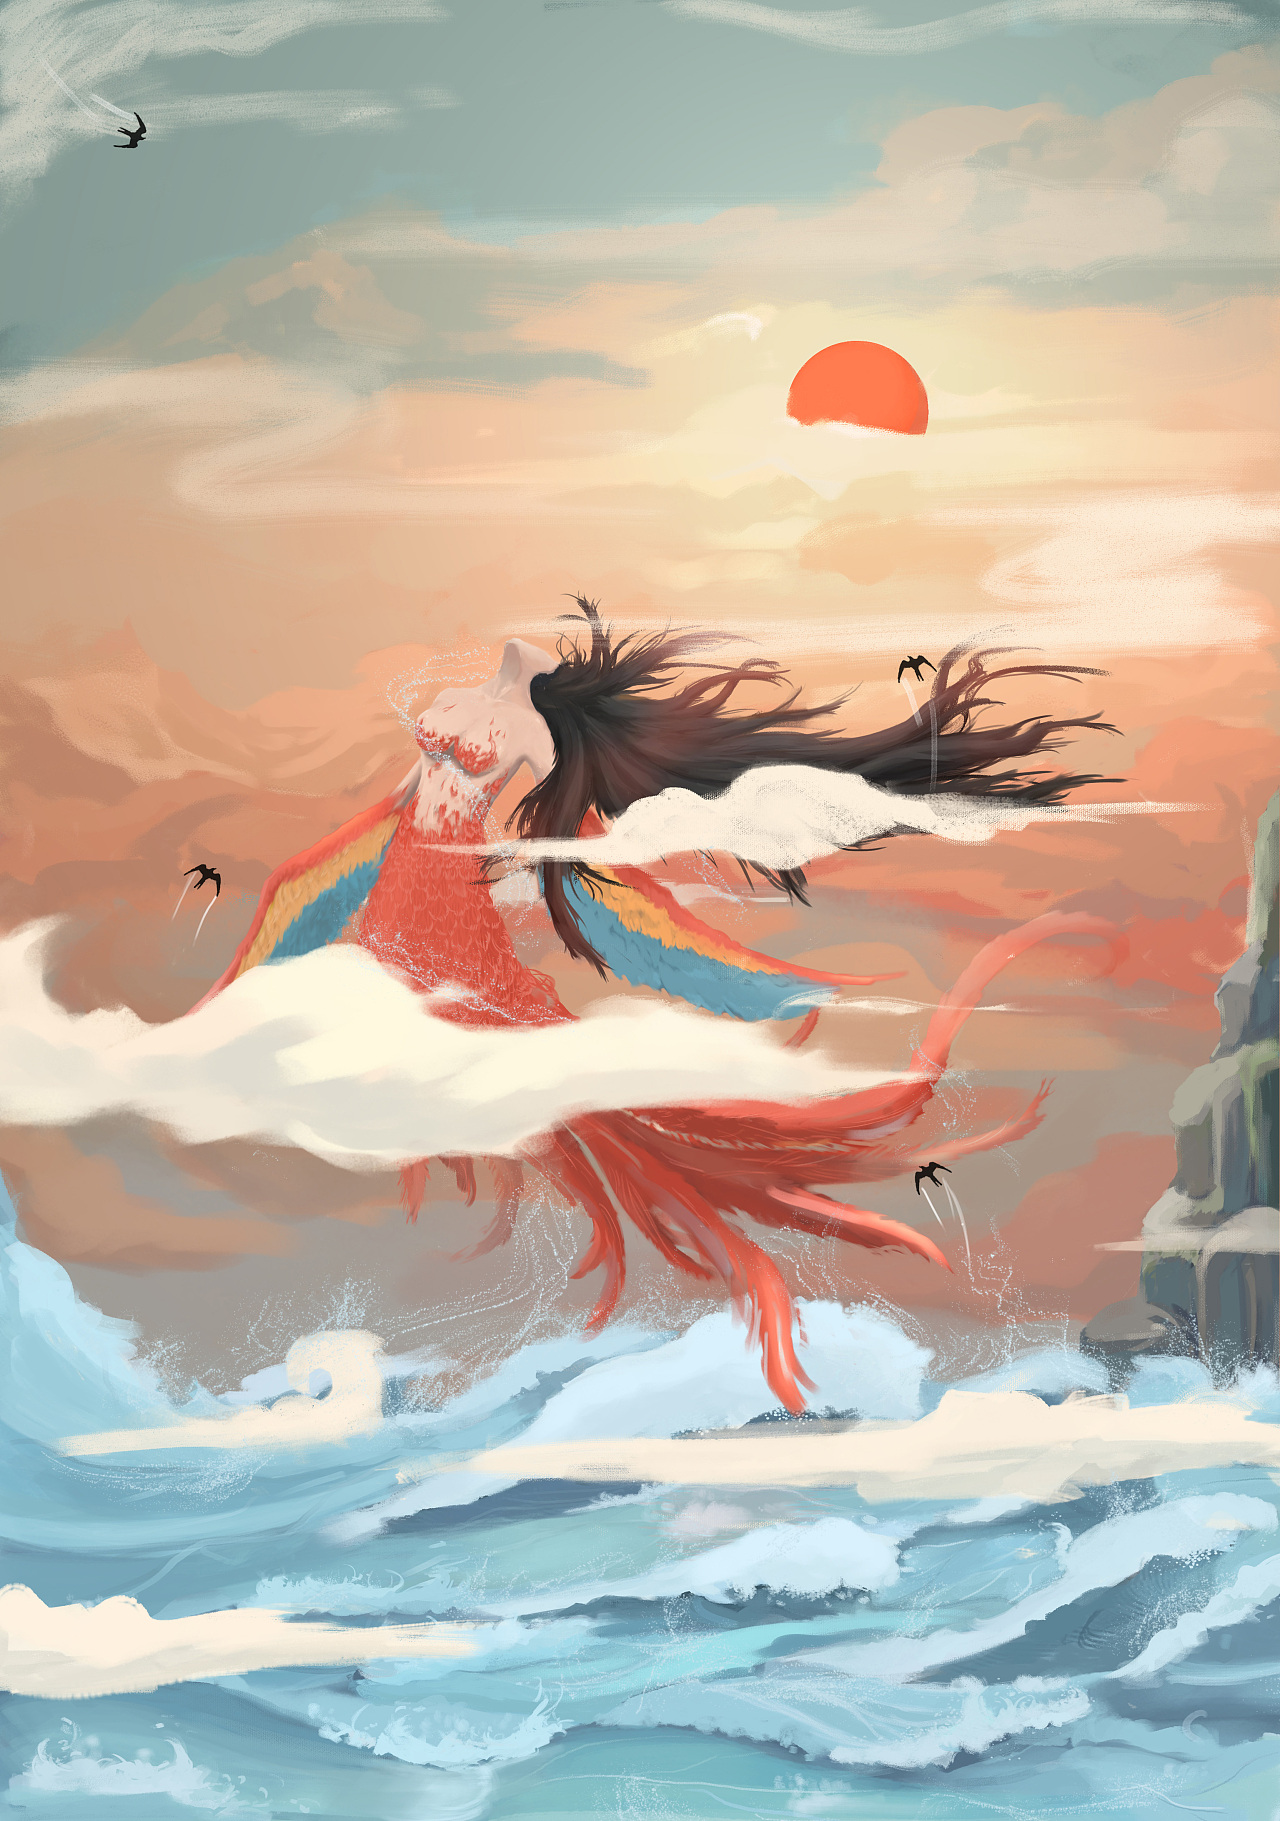
漳水出焉，东流注于河。